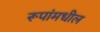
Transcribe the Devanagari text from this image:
रूपांमधील